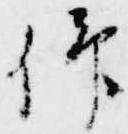
仰